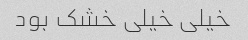
خیلی خیلی خشک بود